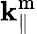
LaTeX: \mathbf{k}_{\parallel}^{\mathrm{{m}}}